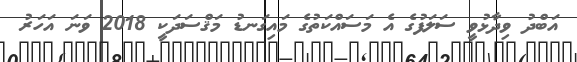
އަބްދު ވިދާޅުވީ ސަލަފުގެ އެ މަސައްކަތުގެ މައިގަނޑު މަޤްސަދަކީ 2018 ވަނަ އަހަރު